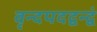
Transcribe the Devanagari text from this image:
वृन्दपदद्वन्द्वं